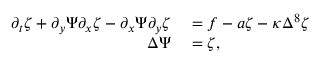
\begin{array} { r l } { \partial _ { t } \zeta + \partial _ { y } \Psi \partial _ { x } \zeta - \partial _ { x } \Psi \partial _ { y } \zeta } & { { } = f - a \zeta - \kappa \Delta ^ { 8 } \zeta } \\ { \Delta \Psi } & { { } = \zeta , } \end{array}